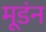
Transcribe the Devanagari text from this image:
मूडंन